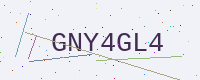
Text: GNY4GL4